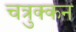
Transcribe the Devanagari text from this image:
चत्रुक्कन